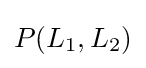
P(L_{1},L_{2})